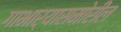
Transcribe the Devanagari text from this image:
गाभार्‍यासमोरील